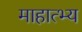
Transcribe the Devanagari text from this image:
माहात्भ्य